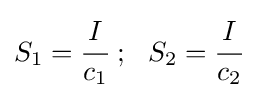
S_{1}={\cfrac {I}{c_{1}}}~;~~S_{2}={\cfrac {I}{c_{2}}}